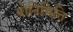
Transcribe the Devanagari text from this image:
योनिभित्ति